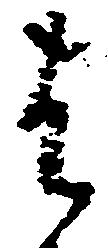
は